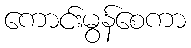
ကောင်းမွန်စေကာ